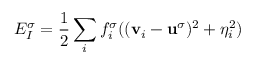
E _ { I } ^ { \sigma } = \frac { 1 } { 2 } \sum _ { i } f _ { i } ^ { \sigma } ( ( \mathbf { v } _ { i } - \mathbf { u } ^ { \sigma } ) ^ { 2 } + \eta _ { i } ^ { 2 } )